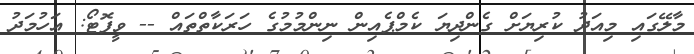
މާލޭގައި މިއަދު ކުރިޔަށް ގެންދިޔަ ކެމްޕެއިން ނިންމުމުގެ ހަރަކާތްތައް -- ވީފޮޓޯ: އަހުމަދު